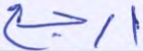
ارجع